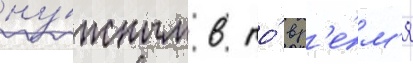
ну́жным в то́ вр'е́м'я